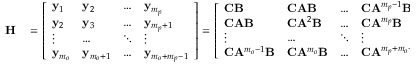
\begin{array} { r l } { \mathbf { H } } & { { } = \left[ \begin{array} { l l l l } { \mathbf { y } _ { 1 } } & { \mathbf { y } _ { 2 } } & { \dots } & { \mathbf { y } _ { m _ { p } } } \\ { \mathbf { y } _ { 2 } } & { \mathbf { y } _ { 3 } } & { \dots } & { \mathbf { y } _ { m _ { p } + 1 } } \\ { \vdots } & { \dots } & { \ddots } & { \vdots } \\ { \mathbf { y } _ { m _ { o } } } & { \mathbf { y } _ { m _ { o } + 1 } } & { \dots } & { \mathbf { y } _ { m _ { o } + m _ { p } - 1 } } \end{array} \right] = \left[ \begin{array} { l l l l } { \mathbf { C } \mathbf { B } } & { \mathbf { C } \mathbf { A } \mathbf { B } } & { \dots } & { \mathbf { C } \mathbf { A } ^ { m _ { p } - 1 } \mathbf { B } } \\ { \mathbf { C } \mathbf { A } \mathbf { B } } & { \mathbf { C } \mathbf { A } ^ { 2 } \mathbf { B } } & { \dots } & { \mathbf { C } \mathbf { A } ^ { m _ { p } } \mathbf { B } } \\ { \vdots } & { \dots } & { \ddots } & { \vdots } \\ { \mathbf { C } \mathbf { A } ^ { m _ { o } - 1 } \mathbf { B } } & { \mathbf { C } \mathbf { A } ^ { m _ { o } } \mathbf { B } } & { \dots } & { \mathbf { C } \mathbf { A } ^ { m _ { p } + m _ { o } - 2 } \mathbf { B } } \end{array} \right] , } \end{array}